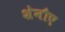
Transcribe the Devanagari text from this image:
शेनौए